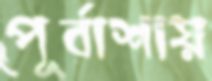
পূর্বাশায়